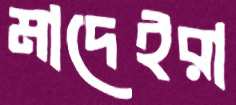
মাদেইরা